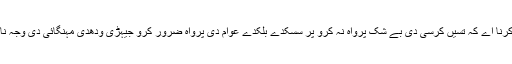
اے ساڈے پیارے وزیراعظم، تہاڈے نال بس اینا عرض کرنا اے کہ تسیں کرسی دی بے شک پرواہ نہ کرو پر سسکدے بلکدے عوام دی پرواہ ضرور کرو جیہڑی ودھدی مہنگائی دی وجہ نال دو ویلے دی روٹی توں وی قاصر ہوندے جا رہے نیں۔